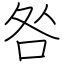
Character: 咎